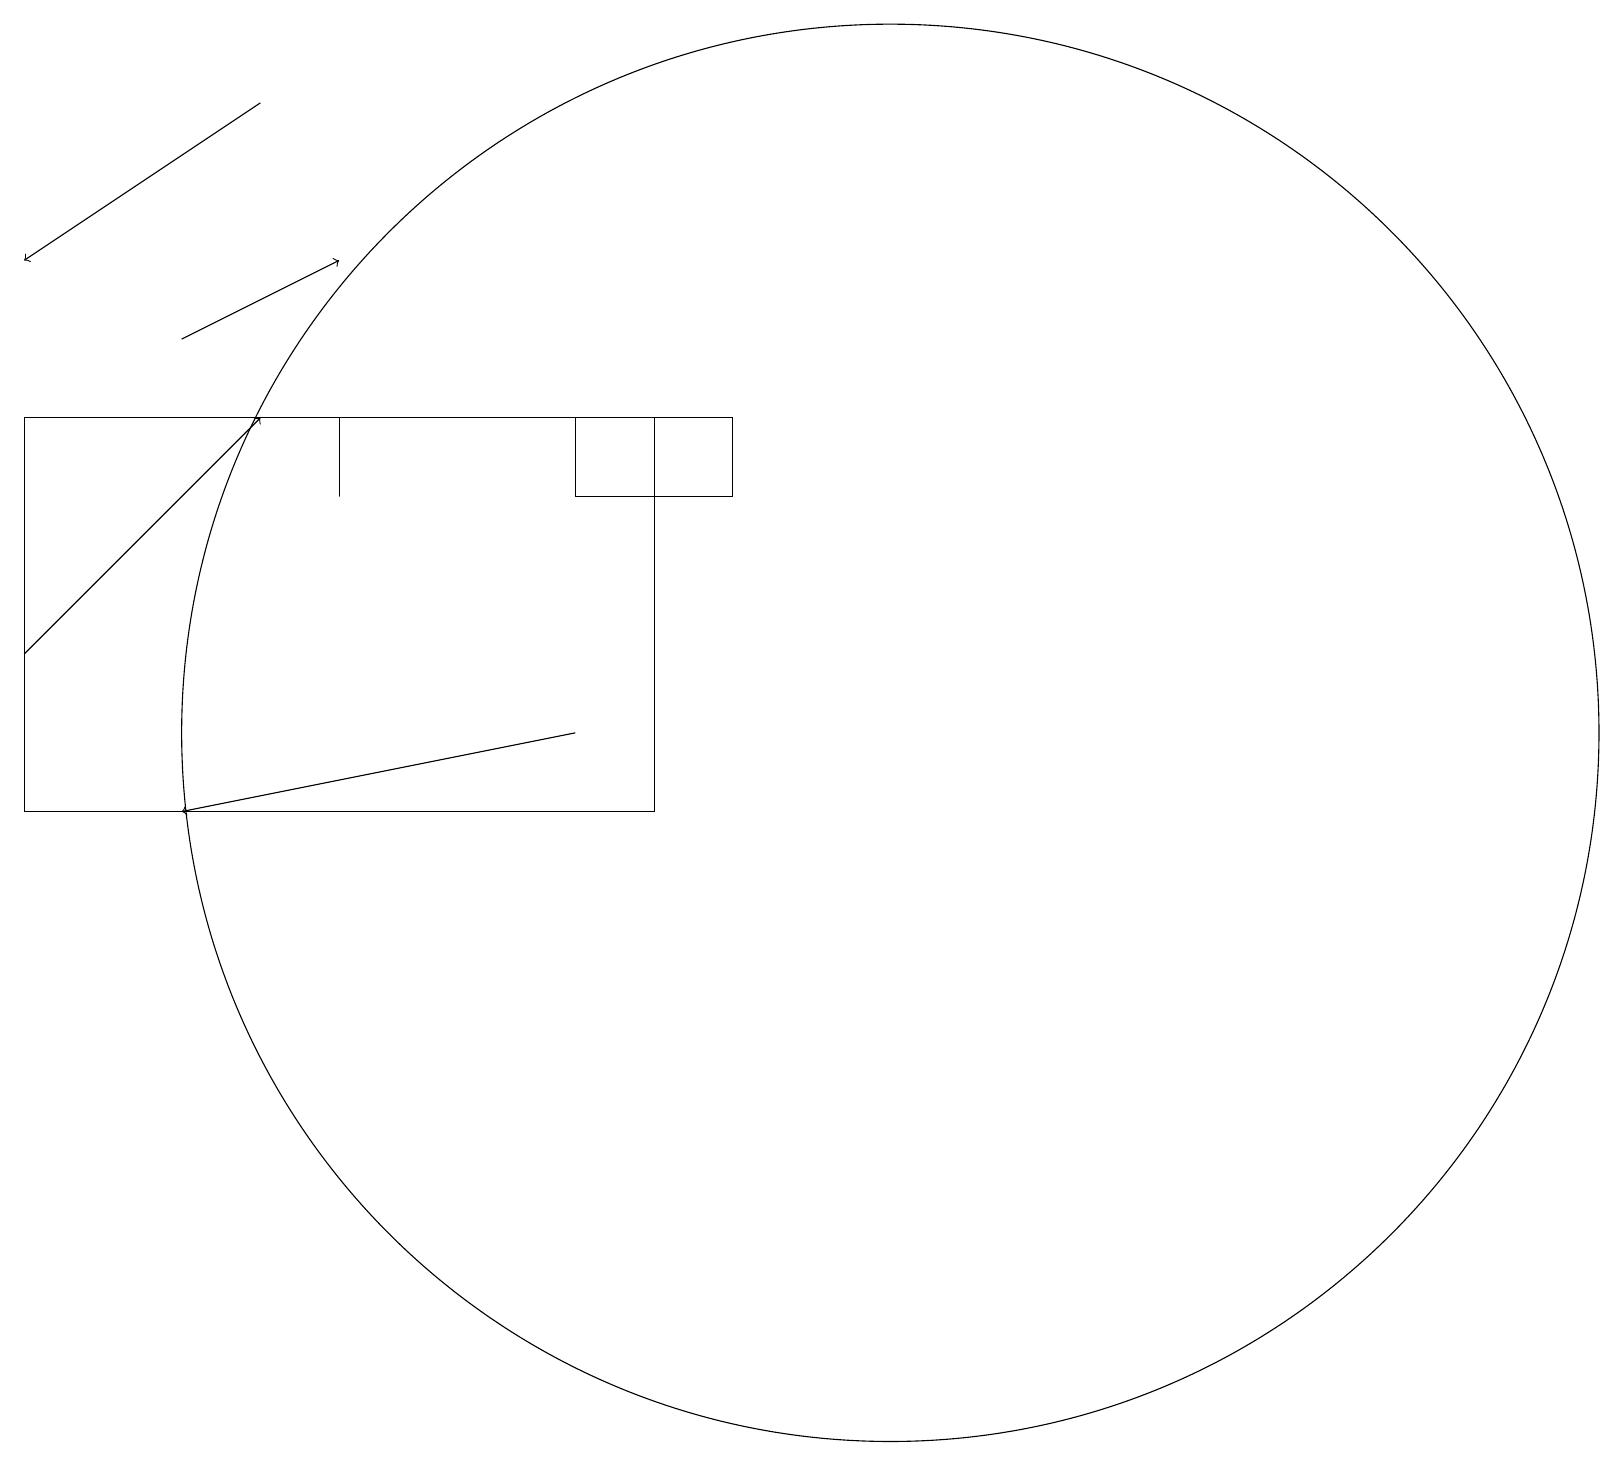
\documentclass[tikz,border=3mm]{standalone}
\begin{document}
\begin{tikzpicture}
\draw[->] (7,11) -- (2,10);
\draw (4,14) rectangle (4,15);
\draw[->] (0,12) -- (3,15);
\draw (11,11) circle (9);
\draw[->] (2,16) -- (4,17);
\draw[->] (3,19) -- (0,17);
\draw (0,15) rectangle (8,10);
\draw (7,14) rectangle (9,15);
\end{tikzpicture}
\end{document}